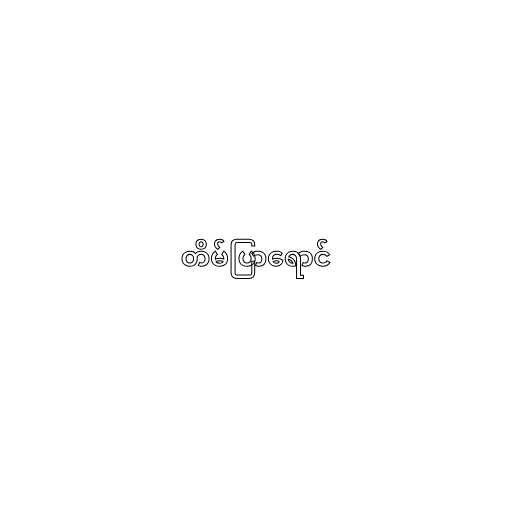
တိမ်ပြာရောင်